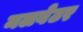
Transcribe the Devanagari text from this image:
मलवेटर